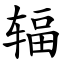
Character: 辐